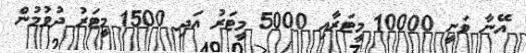
އޭނާ ވަނީ 10000 މީޓަރާއި 5000 މީޓަރު އަދި 1500 މީޓަރު ދުވުމުން